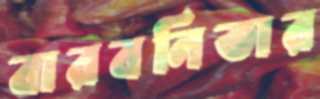
বারবনিতার